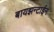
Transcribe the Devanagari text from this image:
बायझन्टाईन